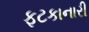
ફટકાનારી